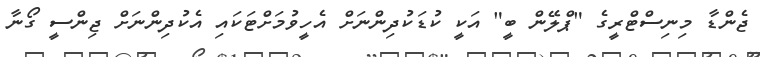
ޖެންޑާ މިނިސްޓްރީގެ "ޕްލޭން ބީ" އަކީ ކުޑަކުދިންނަށް އެހީވުމަށްޓަކައި އެކުދިންނަށް ޖިންސީ ގޯނާ